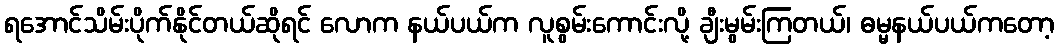
ရအောင်သိမ်းပိုက်နိုင်တယ်ဆိုရင် လောက နယ်ပယ်က လူစွမ်းကောင်းလို့ ချီးမွမ်းကြတယ်၊ ဓမ္မနယ်ပယ်ကတော့